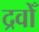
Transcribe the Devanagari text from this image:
द्रवोँ